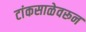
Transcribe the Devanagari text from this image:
टांकसाळेवरून